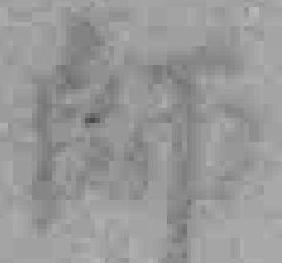
師